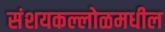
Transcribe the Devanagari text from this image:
संशयकल्लोळमधील